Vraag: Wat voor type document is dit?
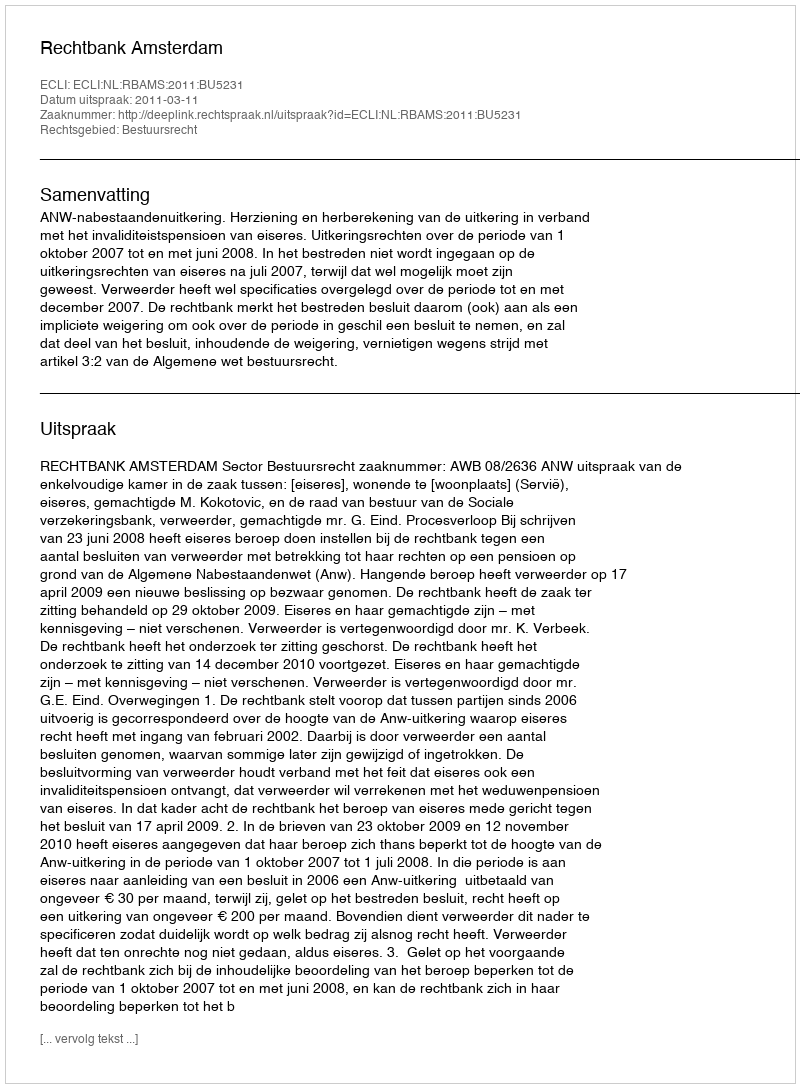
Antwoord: Uitspraak